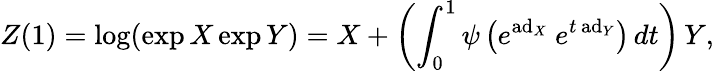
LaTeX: Z(1)=\log(\exp X\exp Y)=X+\left(\int_{0}^{1}\psi\left(e^{\operatorname{ad}_{X}}~e^{t\, {\mathrm{ad}}_{Y}}\right)\, dt\right)\, Y,